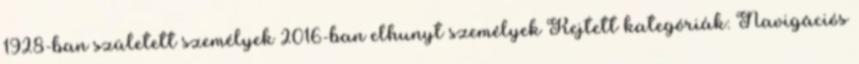
1928-ban született személyek 2016-ban elhunyt személyek Rejtett kategóriák: Navigációs